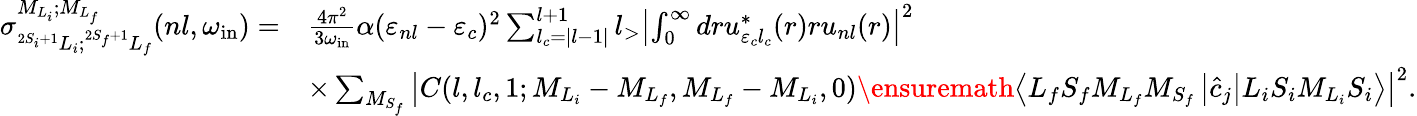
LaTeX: \begin{array}{rl}{{\sigma}_{^{2S_{i}+1}L_{i};^{2S_{f}+1}L_{f}}^{{M}_{{L}_{i}};{M}_{{L}_{f}}}(nl,{\omega}_{\mathrm{in}})=}&{\frac{4\pi^{2}}{3{\omega}_{\mathrm{in}}}\alpha{({\varepsilon}_{nl}-{\varepsilon}_{c})^{2}}\sum_{{l}_{c}=\left\vert{l}-1\right\vert}^{{l}+1}{l}_{>}\left\vert\int_{0}^{\infty}dr{u}_{{\varepsilon}_{c}{l}_{c}}^{\ast}(r)r{u}_{{n}{l}}(r)\right\vert^{2}}\\ &{\times\sum_{{M}_{{S}_{f}}}\left\vert C({l},{l}_{c},1;{M}_{{L}_{i}}-{M}_{{L}_{f}},{M}_{{L}_{f}}-{M}_{{L}_{i}},0)\ensuremath{\left\langle{L}_{f}{S}_{f}{M}_{{L}_{f}}{M}_{{S}_{f}}\left\lvert{\hat{c}}_{j}\right\rvert{L}_{i}{S}_{i}{M}_{{L}_{i}}{S}_{i}\right\rangle}\right\vert^{2}.}\end{array}